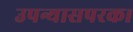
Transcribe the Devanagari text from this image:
उपन्यासपरक।